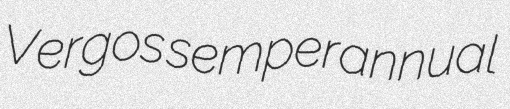
Vergos semperannual